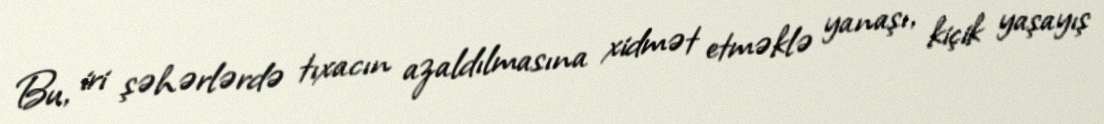
Bu, iri şəhərlərdə tıxacın azaldılmasına xidmət etməklə yanaşı, kiçik yaşayış